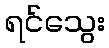
ရင်သွေး